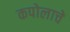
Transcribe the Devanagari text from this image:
कपोलाचे